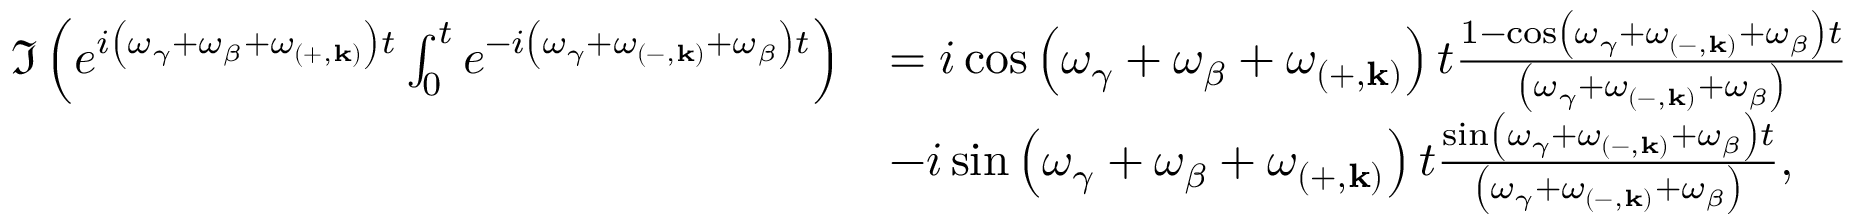
\begin{array} { r l } { \Im \left( e ^ { i \left( \omega _ { \gamma } + \omega _ { \beta } + \omega _ { \left( + , \mathbf { k } \right) } \right) t } \int _ { 0 } ^ { t } e ^ { - i \left( \omega _ { \gamma } + \omega _ { \left( - , \mathbf { k } \right) } + \omega _ { \beta } \right) t } \right) } & { = i \cos \left( \omega _ { \gamma } + \omega _ { \beta } + \omega _ { \left( + , \mathbf { k } \right) } \right) t \frac { 1 - \cos \left( \omega _ { \gamma } + \omega _ { \left( - , \mathbf { k } \right) } + \omega _ { \beta } \right) t } { \left( \omega _ { \gamma } + \omega _ { \left( - , \mathbf { k } \right) } + \omega _ { \beta } \right) } } \\ & { - i \sin \left( \omega _ { \gamma } + \omega _ { \beta } + \omega _ { \left( + , \mathbf { k } \right) } \right) t \frac { \sin \left( \omega _ { \gamma } + \omega _ { \left( - , \mathbf { k } \right) } + \omega _ { \beta } \right) t } { \left( \omega _ { \gamma } + \omega _ { \left( - , \mathbf { k } \right) } + \omega _ { \beta } \right) } , } \end{array}